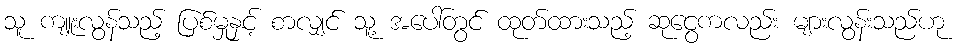
သူ ကျူးလွန်သည့် ပြစ်မှုနှင့် စာလျှင် သူ့ အပေါ်တွင် ထုတ်ထားသည့် ဆုငွေကလည်း များလွန်းသည်ဟု